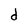
Character: d